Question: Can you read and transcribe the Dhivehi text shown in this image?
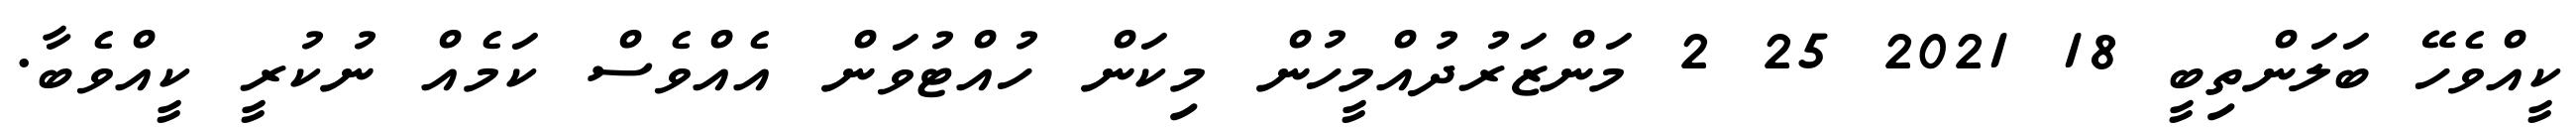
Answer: ކީއްވެހޭ ބަލަންތިބީ 18 2021 25 2 މަންޒަރުދުއްމީހުން މިކަން ހުއްޓުވަން އެއްވެސް ކަމެއް ނުކުރީ ކީއްވެބާ.